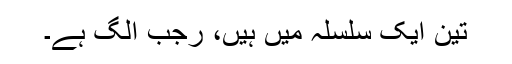
تین ایک سلسلہ میں ہیں، رجب الگ ہے۔